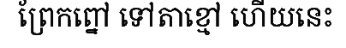
ព្រែកព្នៅ ទៅតាខ្មៅ ហើយនេះ